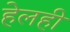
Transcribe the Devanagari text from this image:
हेलही